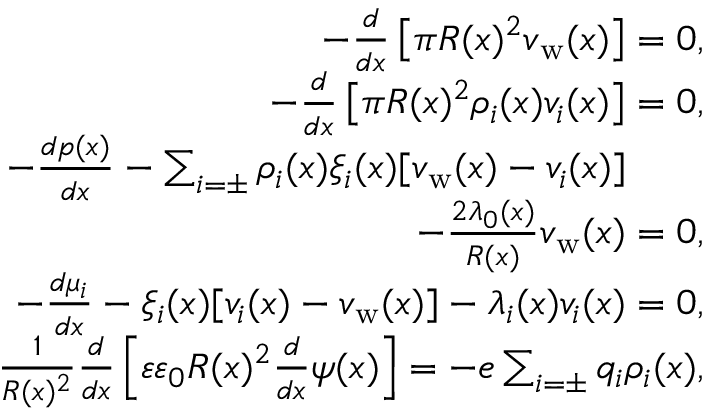
\begin{array} { r l r } { - \frac { d } { d x } \left[ \pi R ( x ) ^ { 2 } v _ { \mathrm { w } } ( x ) \right] = 0 , } & { } & \\ { - \frac { d } { d x } \left[ \pi R ( x ) ^ { 2 } \rho _ { i } ( x ) v _ { i } ( x ) \right] = 0 , } & { } & \\ { - \frac { d p ( x ) } { d x } - \sum _ { i = \pm } \rho _ { i } ( x ) \xi _ { i } ( x ) [ v _ { \mathrm { w } } ( x ) - v _ { i } ( x ) ] \qquad } & { } & \\ { - \frac { 2 \lambda _ { 0 } ( x ) } { R ( x ) } v _ { \mathrm { w } } ( x ) = 0 , } & { } & \\ { - \frac { d \mu _ { i } } { d x } - \xi _ { i } ( x ) [ v _ { i } ( x ) - v _ { \mathrm { w } } ( x ) ] - \lambda _ { i } ( x ) v _ { i } ( x ) = 0 , } & { } & \\ { \frac { 1 } { R ( x ) ^ { 2 } } \frac { d } { d x } \left[ \varepsilon \varepsilon _ { 0 } R ( x ) ^ { 2 } \frac { d } { d x } \psi ( x ) \right] = - e \sum _ { i = \pm } q _ { i } \rho _ { i } ( x ) , } & { } & \end{array}